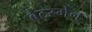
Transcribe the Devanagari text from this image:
बैटस्मेन